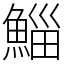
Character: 鯔